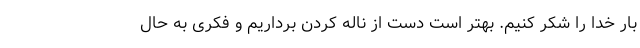
بار خدا را شکر کنیم. بهتر است دست از ناله کردن برداریم و فکری به حال